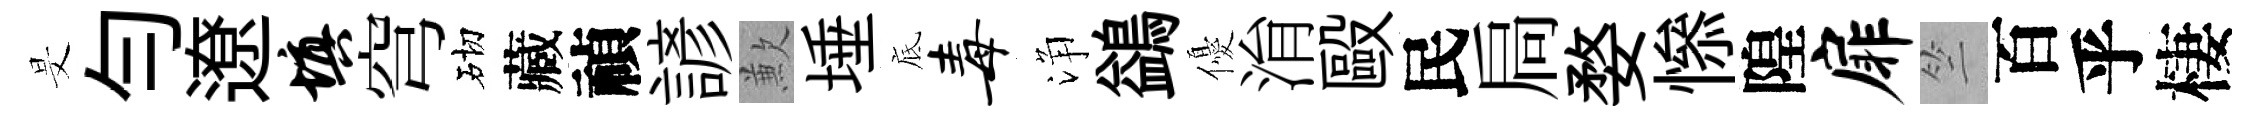
旻勻遼填穹砌藏禎諺歉埵底毒浄鷁優㳙毆民扃婺𢡖隍扉竺百乎棲